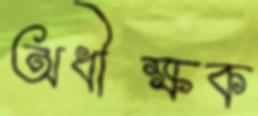
অধীক্ষক